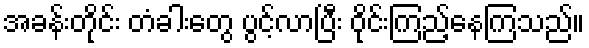
အခန်းတိုင်း တံခါးတွေ ပွင့်လာပြီး ဝိုင်းကြည့်နေကြသည်။